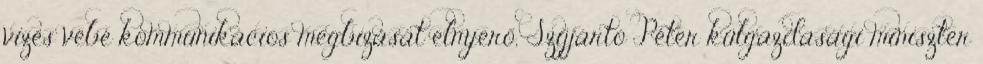
vizes vébé kommunikációs megbízását elnyerő, Szijjártó Péter külgazdasági miniszter